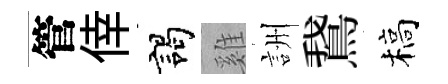
管倖謁雞詶鵞槁